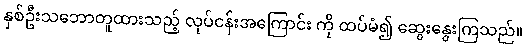
နှစ်ဦးသဘောတူထားသည့် လုပ်ငန်းအကြောင်း ကို ထပ်မံ၍ ဆွေးနွေးကြသည်။